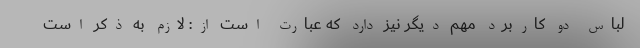
لباس دو کاربرد مهم دیگر نیز دارد که عبارت است از: لازم به ذکر است